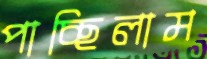
পাচ্ছিলাম